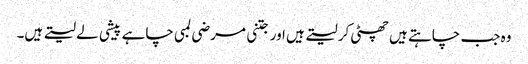
وہ جب چاہتے ہیں چھٹی کر لیتے ہیں اور جتنی مرضی لمبی چاہے پیشی لے لیتے ہیں۔